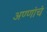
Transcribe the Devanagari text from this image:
अण्णांचं